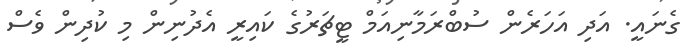
ގެނައީ. އަދި އަހަރެން ސުބްރަމާނިއަމް ޓީޗަރުގެ ކައިރީ އެދުނިން މި ކުދިން ވެސް